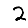
Digit: 2